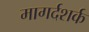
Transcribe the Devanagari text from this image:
मागर्दशर्क